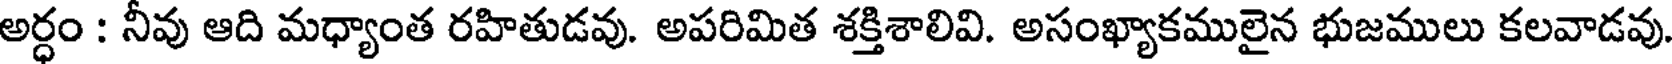
అర్ధం : నీవు ఆది మధ్యాంత రహితుడవు. అపరిమిత శక్తిశాలివి. అసంఖ్యాకములైన భుజములు కలవాడవు.